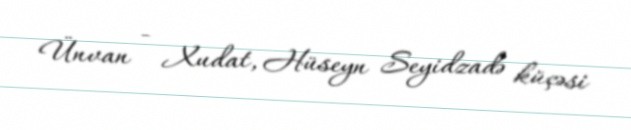
Ünvan - Xudat, Hüseyn Seyidzadə küçəsi